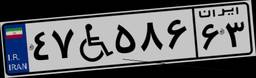
۵۸W۳۲۸۳۲